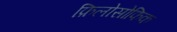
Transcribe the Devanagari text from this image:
फ़िलोसोफिक